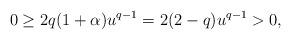
LaTeX: \begin{align*}0\geq 2q(1+\alpha)u^{q-1} = 2(2-q) u^{q-1} > 0,\end{align*}